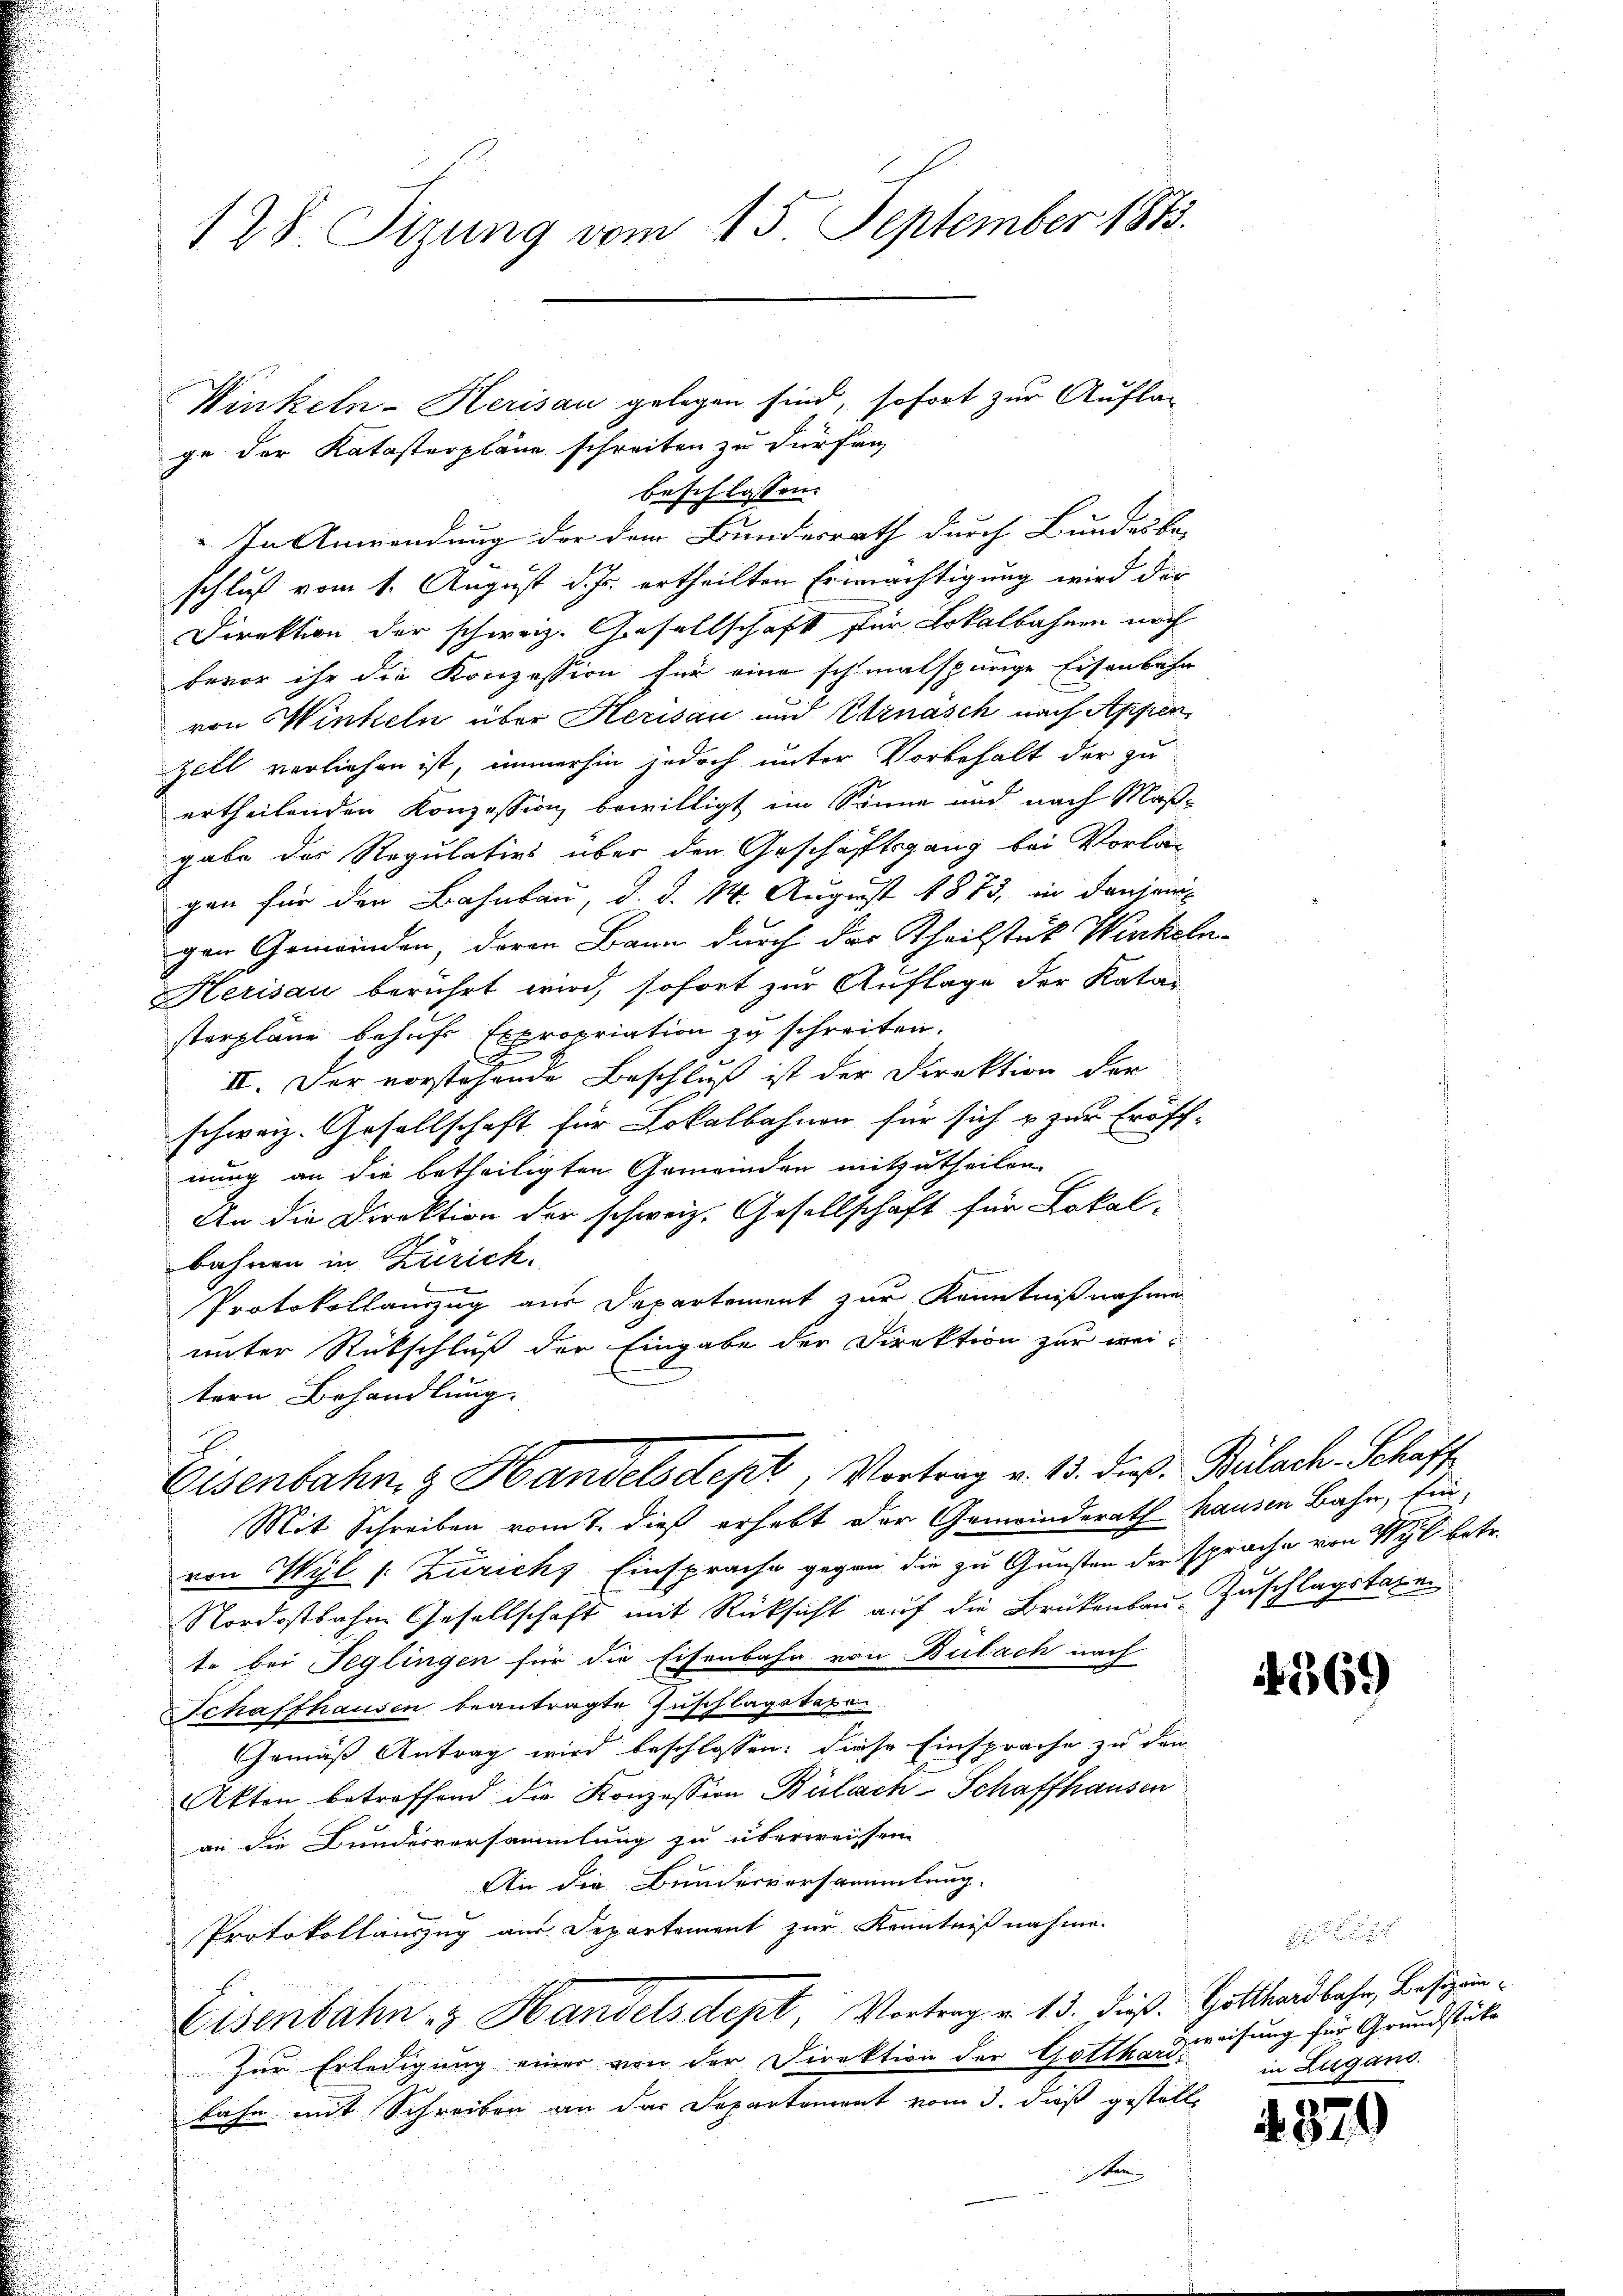
128. Sizung vom 15. September 1813.

ge der Katasterpläne schreiten zu dürfen

Winkeln-Herisau gelegen sind, sofort zur Auflag
beschlassen.
In Anwendung der dem Bundesrath durch Bundesbe- |
schluß vom 1. August d. Js. ertheilten Ermächtigung wird der
Direktion der schweiz. Gesellschaft für Lokalbahnen noch
bevor ihr die Konzession für eine schmalspurige Eisenbahn
von Winkeln über Herisau und Ernasch nach Appen
zell verliehen ist, immerhin jedoch unter Vorbehalt der zu
ertheilenden Konzession bewilligt im Sinne und nach Maßgabe das Regulativs über den Geschäftsgang bei Vorlagen für den Bahnbau, d. d. 14. August 1873, in denjenig
ger Gemeinden, daran Bann durch des Theilstück Winkeln-
Herisau berührt wird, sofort zur Auflage der Katar
sterplane behufs Expropriation zu schreiten.
Ex
E
II. Der vorstehende Beschluß ist der Direktion der
schweiz. Gesellschaft für Lokalbahnen für sich & zur Eröff-
nung an die betheiligten Gemeinden mitzutheilen.
An die Direktion der schweiz. Gesellschaft für Lokal-
bahnen in Zürich.
Protokollauszug aus Departement zur Kenntnißnahmen
unter Rückschluß der Eingabe der Direktion zur weitern Behandlung.

Eisenbahn & Handelsdept, Vortrag v. 13. Die Bülach. Schaff

Mit Schreiben vom 7. dieß erhebt der Gemeinderath hausen Bahn, Ein-
von Wyl /: Zürich Einsprache gegen die zu Gunsten der sprache von 1 betr.
Nordostbahn Gesellschaft mit Rücksicht auf die Brükenbau-Zuschlagstaxen
te bei Feglingen für die Eisenbahr von Bülach nach
Schaffhausen beantragte Zuschlagstaxen
Gemäß Antrag wird beschlossen: diese Einsprache zu den
Akten betreffend die Konzession Bülach Schaffhausen
an die Bundesversammlung zu überweisen
An die Bunderversammlung.
Protokollauszug aus Departement zur Kenntnißnahme.
Eisenbahn - Handelsdept, Vortrag v. 13. dieß Gotthardbahr, Besitzun¬
Zur Erledigung einer von der Direktion der Gottha weisung für Grundstücke
kahn mit Schreiben an der Departement vom 3. dieß gestelle
isten

569)

in Lugand.

4379